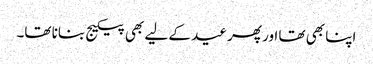
اپنا بھی تھا اور پھر عید کے لیے بھی پیکیج بنانا تھا۔